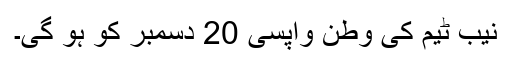
نیب ٹیم کی وطن واپسی 20 دسمبر کو ہو گی۔